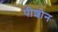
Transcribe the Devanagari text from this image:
पीशोन